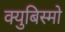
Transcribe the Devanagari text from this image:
क्युबिस्मो